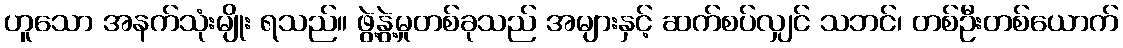
ဟူသော အနက်သုံးမျိုး ရသည်။ ဖွဲ့နွဲ့မှုတစ်ခုသည် အများနှင့် ဆက်စပ်လျှင် သဘင်၊ တစ်ဦးတစ်ယောက်